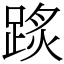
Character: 𨂂